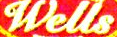
Wells